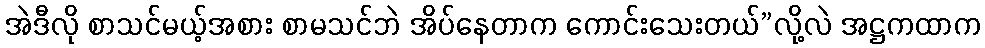
အဲဒီလို စာသင်မယ့်အစား စာမသင်ဘဲ အိပ်နေတာက ကောင်းသေးတယ်”လို့လဲ အဋ္ဌကထာက